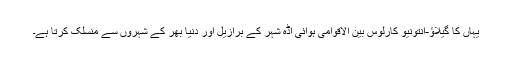
یہاں کا گیلاؤ-انتونیو کارلوس بین الاقوامی ہوائی اڈہ شہر کے برازیل اور دنیا بھر کے شہروں سے منسلک کرتا ہے۔